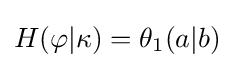
H(\varphi |\kappa )=\theta _{1}(a|b)